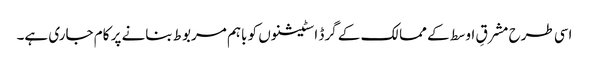
اسی طرح مشرقِ اوسط کے ممالک کے گرڈ اسٹیشنوں کو باہم مربوط بنانے پر کام جاری ہے۔